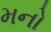
મનો